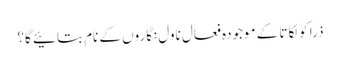
ذرا کولکاتا کے موجودہ فعال ناول نگاروں کے نام بتائیے گا؟